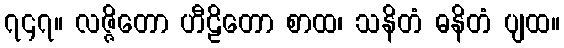
၇၄၇။ လဇ္ဇိတော ဟီဠိတော စာထ၊ သနိတံ ဓနိတံ ပျထ။